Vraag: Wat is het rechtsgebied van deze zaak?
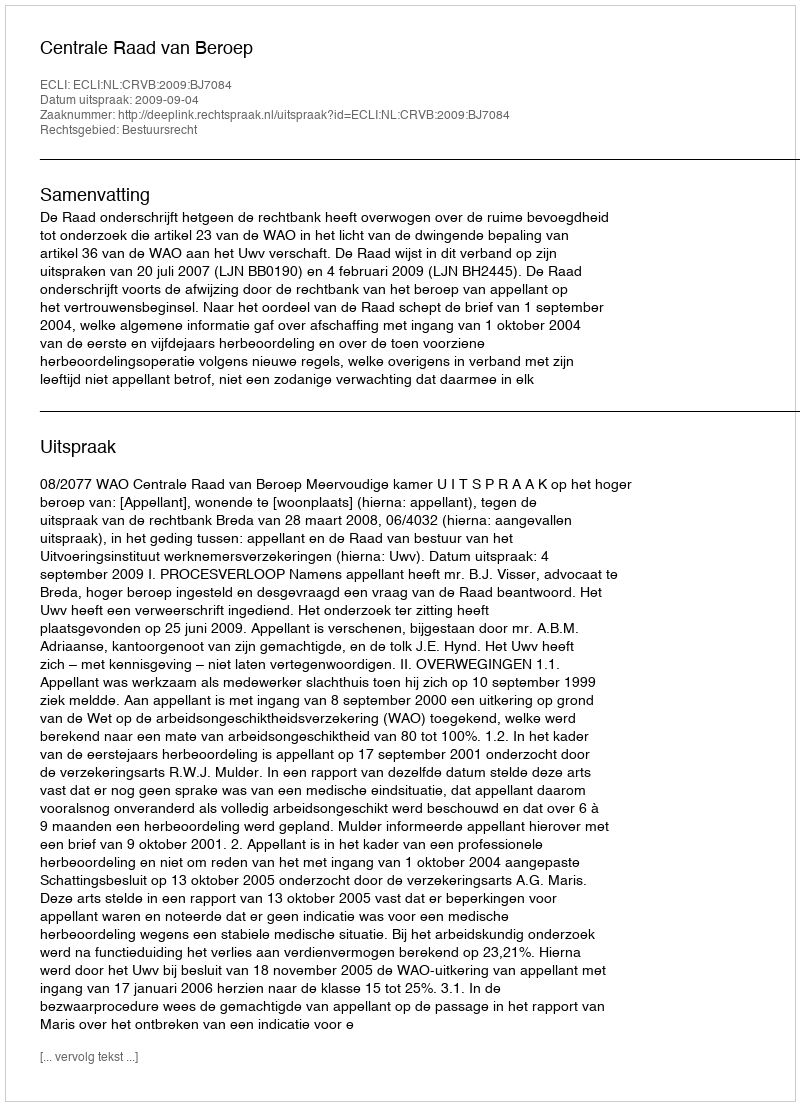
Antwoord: Bestuursrecht